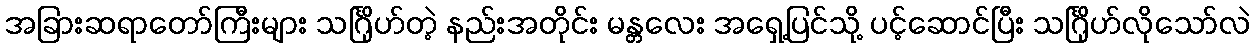
အခြားဆရာတော်ကြီးများ သင်္ဂြိုဟ်တဲ့ နည်းအတိုင်း မန္တလေး အရှေ့ပြင်သို့ ပင့်ဆောင်ပြီး သင်္ဂြိုဟ်လိုသော်လဲ